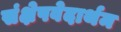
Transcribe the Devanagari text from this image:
संक्षेपवेदार्थम